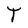
Character: T